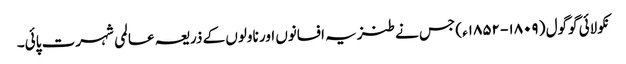
نکولائی گوگول ( ۱۸۰۹- ۱۸۵۲ء) جس نے طنزیہ افسانوں اور ناولوں کے ذریعہ عالمی شہرت پائی۔